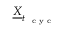
\underline { { \boldsymbol X } } _ { t _ { \mathrm { ~ \tiny ~ c ~ y ~ c ~ } } }